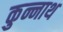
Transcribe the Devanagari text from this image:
कुन्नाथ